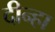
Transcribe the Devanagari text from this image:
दीन्हा